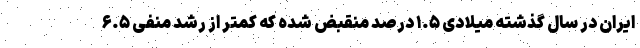
ایران در سال گذشته میلادی ۱.۵ درصد منقبض شده که کمتر از رشد منفی ۶.۵